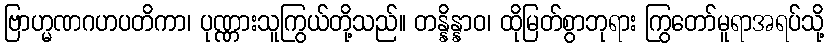
ဗြာဟ္မဏဂဟပတိကာ၊ ပုဏ္ဏားသူကြွယ်တို့သည်။ တန္နိန္နာဝ၊ ထိုမြတ်စွာဘုရား ကြွတော်မူရာအရပ်သို့